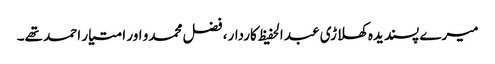
میرے پسندیدہ کھلاڑی عبد الحفیظ کاردار، فضل محمدو اور امتیار احمد تھے۔